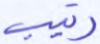
رتيب